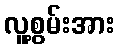
လူ့စွမ်းအား